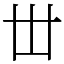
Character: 丗